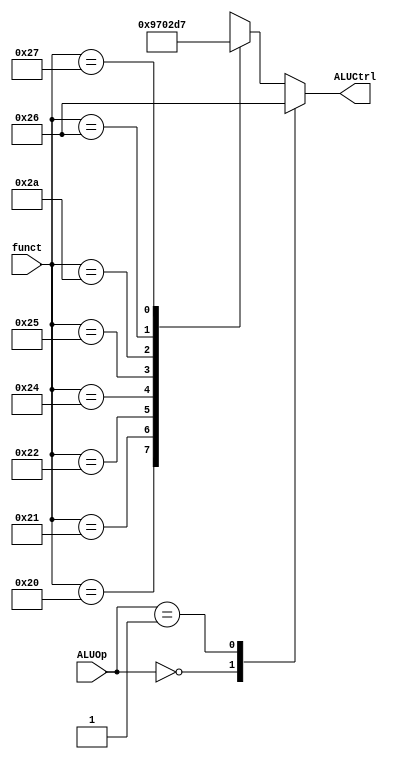
module ALUCU(
    input [5:0]funct,
    input [1:0]ALUOp,
    output reg [2:0] ALUCtrl
    );
    always @(*)
        case(ALUOp)
        2'b00:ALUCtrl<=3'b100;//ADD
        2'b01:ALUCtrl<=3'b110;//SUB
        default:case(funct)
                    6'b100000:ALUCtrl<=3'b100;//ADD
                    6'b100001:ALUCtrl<=3'b101;//ADDU
                    6'b100010:ALUCtrl<=3'b110;//SUB
                    6'b100100:ALUCtrl<=3'b000;//AND
                    6'b100101:ALUCtrl<=3'b001;//OR
                    6'b101010:ALUCtrl<=3'b011;//SLT
                    6'b100110:ALUCtrl<=3'b010;//XOR
                    6'b100111:ALUCtrl<=3'b111;//NOR
                    default:ALUCtrl<=3'bxxx;
                endcase
        endcase
endmodule